Vaccination Hyderabad 1872-1889 - 1872-1889
Year: 1872
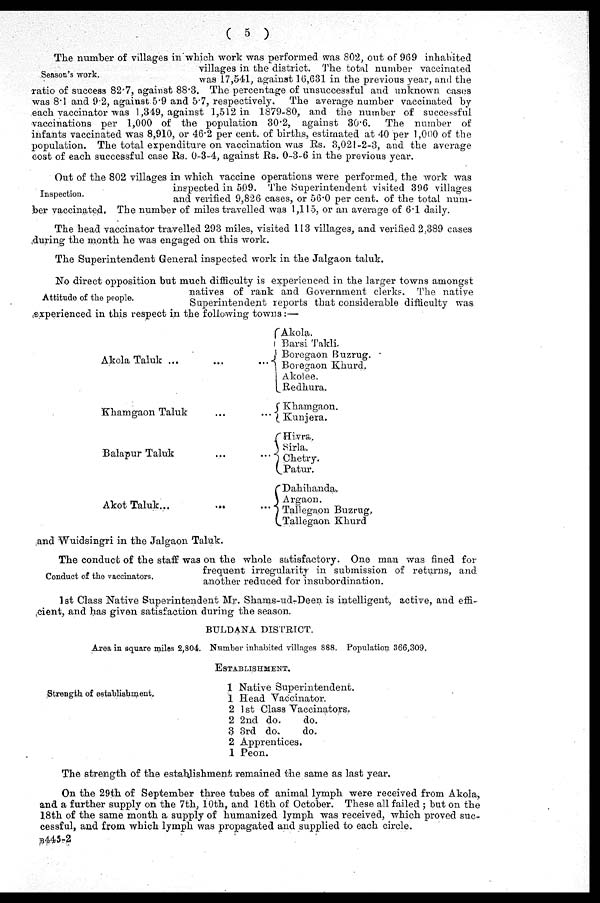
( 5 )
Season's work.
The number of villages in which work was performed was 802, out of 969 inhabited
villages in the district. The total number vaccinated
was 17,541, against 16,631 in the previous year, and the
ratio of success 82.7, against 88.3. The percentage of unsuccessful and unknown cases
was 8.1 and 9.2, against 5.9 and 5.7, respectively. The average number vaccinated by
each vaccinator was 1,349, against 1,512 in 1879-80, and the number of successful
vaccinations per 1,000 of the population 30.2, against 30.6. The number of
infants vaccinated was 8,910, or 46.2 per cent. of births, estimated at 40 per 1,000 of the
population. The total expenditure on vaccination was Rs. 3,021-2-3, and the average
cost of each successful case Rs. 0-3-4, against Rs. 0-3-6 in the previous year.
Inspection.
Out of the 802 villages in which vaccine operations were performed, the work was
inspected in 509. The Superintendent visited 396 villages
and verified 9,826 cases, or 56.0 per cent. of the total num-
ber vaccinated. The number of miles travelled was 1,115, or an average of 6.1 daily.
The head vaccinator travelled 293 miles, visited 113 villages, and verified 2,389 cases
during the month he was engaged on this work.
The Superintendent General inspected work in the Jalgaon taluk.
Attitude of the people.
No direct opposition but much difficulty is experienced in the larger towns amongst
natives of rank and Government clerks. The native
Superintendent reports that considerable difficulty was
experienced in this respect in the following towns:—
Akola Taluk ...
...
...
Khamgaon Taluk
... ...
Balapur Taluk
...
...
Akot Taluk...
...
...
Akola.
Barsi Takli.
Boregaon Buzrug.
Boregaon Khurd.
Akolee.
Redhura.
Khamgaon.
Kunjera.
Hivra.
Sirla.
Chetry.
Patur.
Dahihanda.
Argaon.
Tallegaon Buzrug.
Tallegaon Khurd
and Wuidsingri in the Jalgaon Taluk.
Conduct of the vaccinators.
The conduct of the staff was on the whole satisfactory. One man was fined for
frequent irregularity in submission of returns, and
another reduced for insubordination.
1st Class Native Superintendent Mr. Shams-ud-Deen is intelligent, active, and effi-
cient, and has given satisfaction during the season.
BULDANA DISTRICT.
Area in square miles 2,804. Number inhabited villages 888. Population 366,309.
ESTABLISHMENT.
Strength of establishment.
1
1
2
2
Native Superintendent.
Head Vaccinator.
1 st Class Vaccinators.
2nd do.
do.
3 3rd do.
do.
2
1
Apprentices.
Peon.
The strength of the establishment remained the same as last year.
On the 29th of September three tubes of animal lymph were received from Akola,
and a further supply on the 7th, 10th, and 16th of October. These all failed ; but on the
18th of the same month a supply of humanized lymph was received, which proved suc¬
cessful, and from which lymph was propagated and supplied to each circle.
B445-2